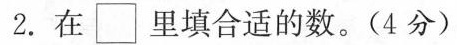
2.在\Box里填合适的数。（4分）